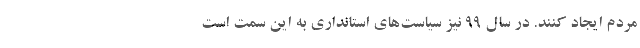
مردم ایجاد کنند. در سال ۹۹ نیز سیاست‌های استانداری به این سمت است